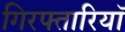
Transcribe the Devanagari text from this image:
गिरफ्तारियॉ